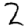
Digit: 2